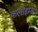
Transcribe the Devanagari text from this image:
कलाइम्ब